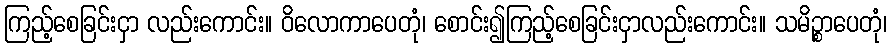
ကြည့်စေခြင်းငှာ လည်းကောင်း။ ဝိလောကာပေတုံ၊ စောင်း၍ကြည့်စေခြင်းငှာလည်းကောင်း။ သမိဉ္စာပေတုံ၊